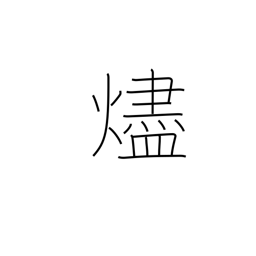
Meaning: embers